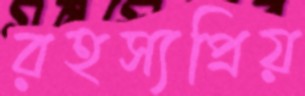
রহস্যপ্রিয়